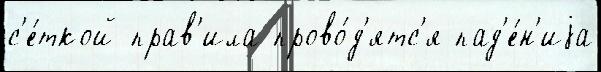
с'е́ткой прав'ила прово́д'ятс'я пад'е́н'иjа